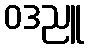
ဝဒညူ